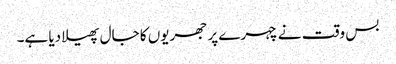
بس وقت نے چہرے پر جھریوں کا جال پھیلا دیا ہے۔